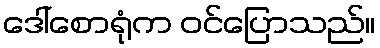
ဒေါ်စောရုံက ဝင်ပြောသည်။